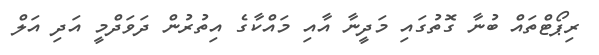
ރިޕޯޓްތައް ބުނާ ގޮތުގައި މަދީނާ އާއި މައްކާގެ އިތުރުން ދަވަދްމީ އަދި އަލް